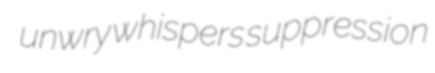
unwry whispers suppression